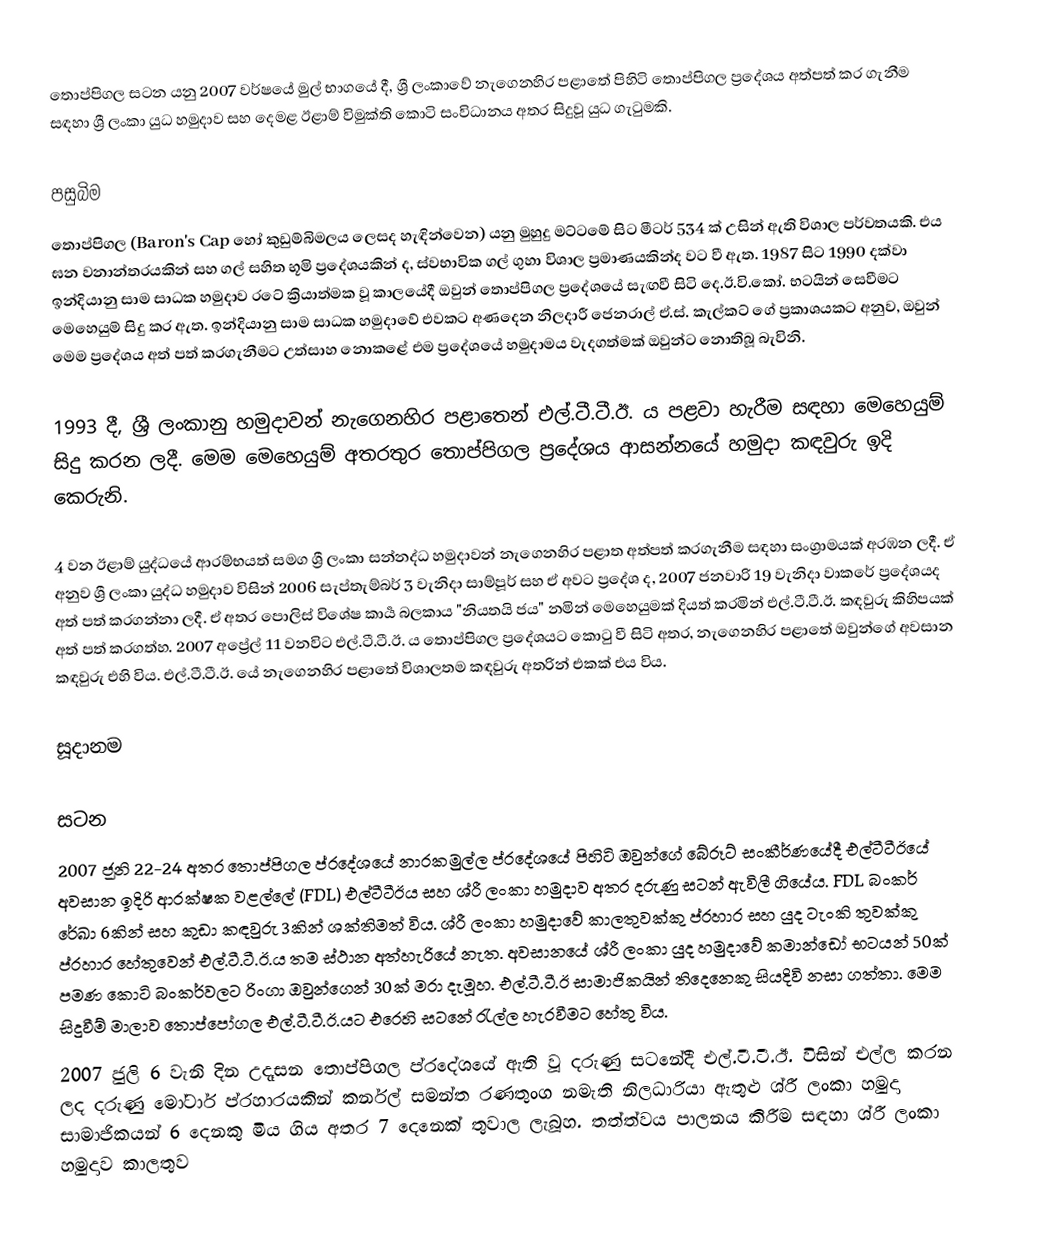
තොප්පිගල සටන යනු 2007 වර්ෂයේ මුල් භාගයේ දී, ශ්‍රී ලංකාවේ නැගෙනහිර පළාතේ පිහිටි තොප්පිගල ප්‍රදේශය අත්පත් කර ගැනීම සඳහා ශ්‍රී ලංකා යුධ හමුදාව සහ දෙමළ ඊළාම් විමුක්ති කොටි සංවිධානය අතර සිදුවූ යුධ ගැටුමකි.

පසුබිම
තොප්පිගල (Baron's Cap හෝ කුඩුම්බිමලය ලෙසද හැඳින්වෙන) යනු මුහුදු මට්ටමේ සිට මීටර් 534 ක් උසින් ඇති විශාල පර්වතයකි. එය ඝන වනාන්තරයකින් සහ ගල් සහිත භූමි ප්‍රදේශයකින් ද, ස්වභාවික ගල් ගුහා විශාල ප්‍රමාණයකින්ද වට වී ඇත. 1987 සිට 1990 දක්වා ඉන්දියානු සාම සාධක හමුදාව රටේ ක්‍රියාත්මක වූ කාලයේදී ඔවුන් තොප්පිගල ප්‍රදේශයේ සැඟවී සිටි දෙ.ඊ.වි.කෝ. භටයින් සෙවීමට මෙහෙයුම් සිදු කර ඇත. ඉන්දියානු සාම සාධක හමුදාවේ එවකට අණදෙන නිලදාරී ජෙනරාල් ඒ.ස්. කැල්කට් ගේ ප්‍රකාශයකට අනුව, ඔවුන් මෙම ප්‍රදේශය අත් පත් කරගැනීමට උත්සාහ නොකළේ එම ප්‍රදේශයේ හමුදාමය වැදගත්මක් ඔවුන්ට නොතිබූ බැවිනි.

1993 දී, ශ්‍රී ලංකානු හමුදාවන් නැගෙනහිර පළාතෙන් එල්.ටී.ටී.ඊ. ය පළවා හැරීම සඳහා මෙහෙයුම් සිදු කරන ලදී. මෙම මෙහෙයුම් අතරතුර තොප්පිගල ප්‍රදේශය ආසන්නයේ හමුදා කඳවුරු ඉදි කෙරුනි.

4 වන ඊළාම් යුද්ධයේ ආරම්භයත් සමග ශ්‍රී ලංකා සන්නද්ධ හමුදාවන් නැගෙනහිර පළාත අත්පත් කරගැනීම සඳහා සංග්‍රාමයක් අරඹන ලදී. ඒ අනුව ශ්‍රී ලංකා යුද්ධ හමුදාව විසින් 2006 සැප්තැම්බර් 3 වැනිදා සාම්පූර් සහ ඒ අවට ප්‍රදේශ ද, 2007 ජනවාරි 19 වැනිදා වාකරේ ප්‍රදේශයද අත් පත් කරගන්නා ලදී. ඒ අතර පොලිස් විශේෂ කාර්‍ය බලකාය "නියතයි ජය" නමින් මෙහෙයුමක් දියත් කරමින් එල්.ටී.ටී.ඊ. කඳවුරු කිහිපයක් අත් පත් කරගත්හ. 2007 අප්‍රේල් 11 වනවිට එල්.ටී.ටී.ඊ. ය තොප්පිගල ප්‍රදේශයට කොටු වී සිටි අතර, නැගෙනහිර පළාතේ ඔවුන්ගේ අවසාන කඳවුරු එහි විය. එල්.ටී.ටී.ඊ. යේ නැගෙනහිර පළාතේ විශාලතම කඳවුරු අතරින් එකක් එය විය.

සූදානම

සටන
2007 ජූනි 22-24 අතර තොප්පිගල ප්රදේශයේ නාරකමුල්ල ප්රදේශයේ පිහිටි ඔවුන්ගේ බේරූට් සංකීර්ණයේදී එල්ටීටීඊයේ අවසාන ඉදිරි ආරක්ෂක වළල්ලේ (FDL) එල්ටීටීඊය සහ ශ්රී ලංකා හමුදාව අතර දරුණු සටන් ඇවිලී ගියේය. FDL බංකර් රේඛා 6කින් සහ කුඩා කඳවුරු 3කින් ශක්තිමත් විය. ශ්රී ලංකා හමුදාවේ කාලතුවක්කු ප්රහාර සහ යුද ටැංකි තුවක්කු ප්රහාර හේතුවෙන් එල්.ටී.ටී.ඊ.ය තම ස්ථාන අත්හැරියේ නැත. අවසානයේ ශ්රී ලංකා යුද හමුදාවේ කමාන්ඩෝ භටයන් 50ක් පමණ කොටි බංකර්වලට රිංගා ඔවුන්ගෙන් 30ක් මරා දැමූහ. එල්.ටී.ටී.ඊ සාමාජිකයින් තිදෙනෙකු සියදිවි නසා ගත්තා. මෙම සිදුවීම් මාලාව තොප්පෝගල එල්.ටී.ටී.ඊ.යට එරෙහි සටනේ රැල්ල හැරවීමට හේතු විය.
2007 ජුලි 6 වැනි දින උදෑසන තොප්පිගල ප්රදේශයේ ඇති වූ දරුණු සටනේදී එල්.ටී.ටී.ඊ. විසින් එල්ල කරන ලද දරුණු මෝටාර් ප්රහාරයකින් කර්නල් සමන්ත රණතුංග නමැති නිලධාරියා ඇතුළු ශ්රී ලංකා හමුදා සාමාජිකයන් 6 දෙනකු මිය ගිය අතර 7 දෙනෙක් තුවාල ලැබූහ. තත්ත්වය පාලනය කිරීම සඳහා ශ්රී ලංකා හමුදාව කාලතුව